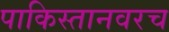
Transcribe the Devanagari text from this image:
पाकिस्तानवरच